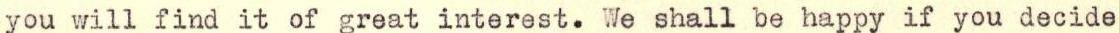
you will find it of great interest. We shall be happy if you decide